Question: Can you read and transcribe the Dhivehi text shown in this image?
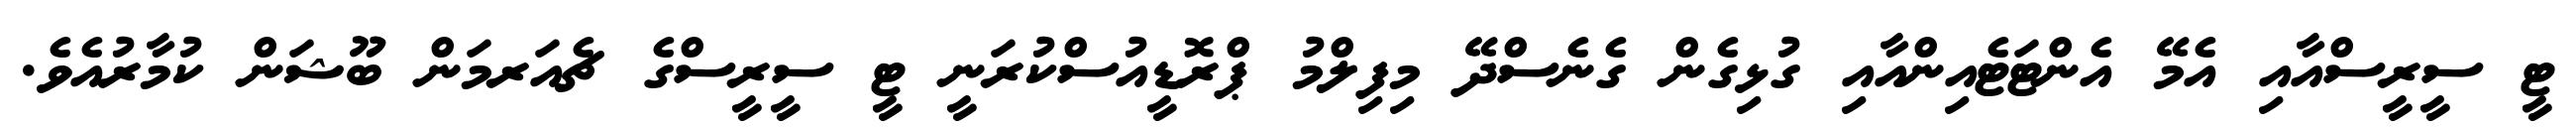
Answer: ޓީ ސީރީސްއާއި އެމޭ އެންޓަޓެއިންއާއި ގުޅިގެން ގެނެސްދޭ މިފިލްމު ޕްރޮޑީއުސްކުރަނީ ޓީ ސީރީސްގެ ޗެއަރމަން ބޫޝަން ކުމާރުއެވެ.